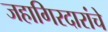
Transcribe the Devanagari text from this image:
जहागिरदारांचे